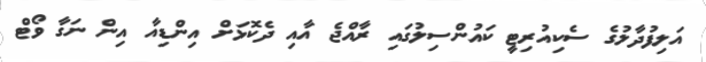
އަލިފުދާލުގެ ސެކިއުރިޓީ ކައުންސިލުގައި ރާއްޖެ އާއި ދެކޮޅަށް އިންޑިއާ އިން ނަގާ ވޯޓް